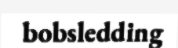
bobsledding